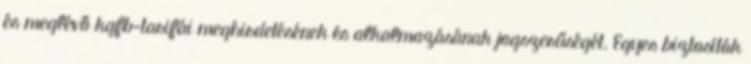
és meglévő kgfb-tarifái meghirdetésének és alkalmazásának jogszerűségét. Egyes biztosítók